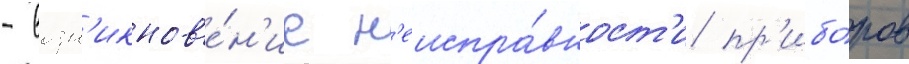
- возн'икнов'е́н'ие н'еиспра́вност'и пр'ибо́ров